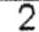
2